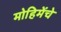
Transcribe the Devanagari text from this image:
मोहिमेंचे